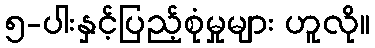
၅-ပါးနှင့်ပြည့်စုံမှုများ ဟူလို။